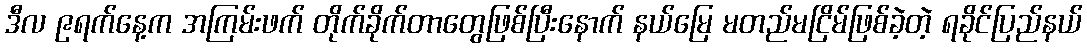
ဒီလ ၉ရက်နေ့က အကြမ်းဖက် တိုက်ခိုက်တာတွေဖြစ်ပြီးနောက် နယ်မြေ မတည်မငြိမ်ဖြစ်ခဲ့တဲ့ ရခိုင်ပြည်နယ်